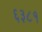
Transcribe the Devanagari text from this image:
६३८१